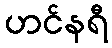
ဟင်နရီ